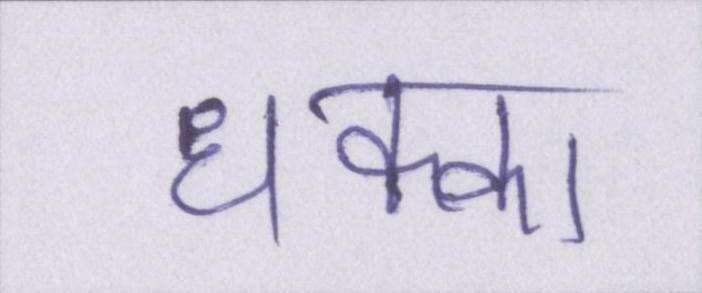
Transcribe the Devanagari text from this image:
धक्का